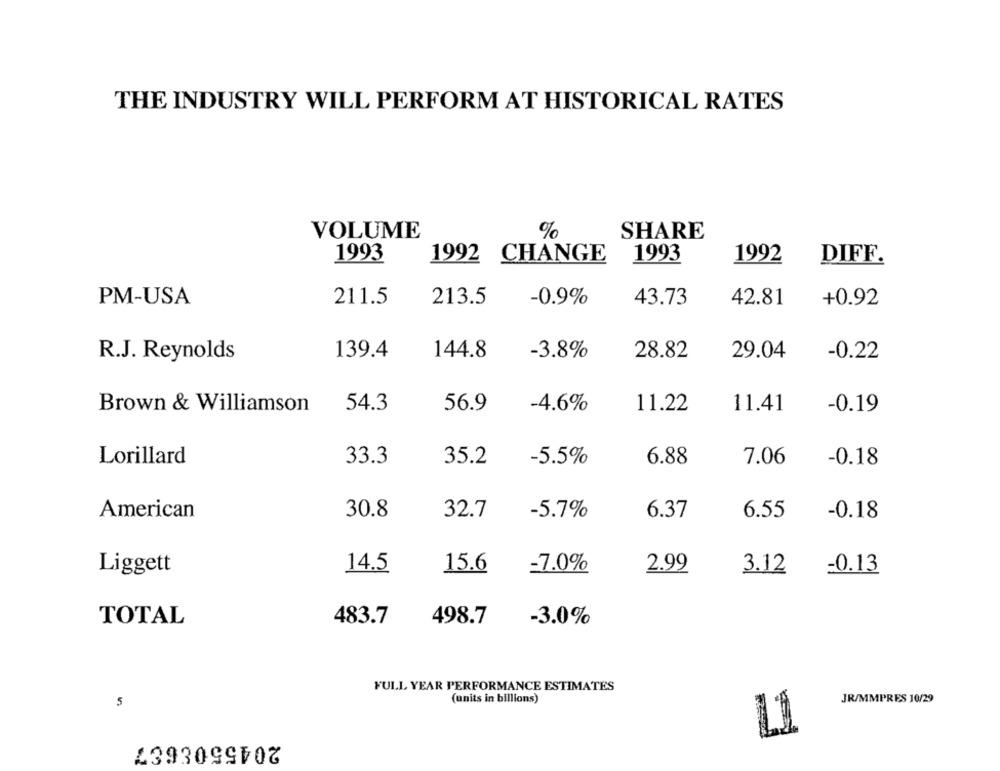
THE INDUSTRY WILL PERFORM AT HISTORICAL RATES
VOLUME
%
SHARE
1993
1992 CHANGE
1993
1992
DIFF.
PM-USA
211.5
213.5
-0.9%
43.73
42.81
+0.92
139.4
144.8
-3.8%
28.82
29.04
R.J. Reynolds
-0.22
Brown & Williamson
54.3
56.9
-4.6%
11.22
11.41
-0.19
Lorillard
33.3
35.2
-5.5%
6.88
7.06
-0.18
American
30.8
32.7
-5.7%
6.37
6.55
-0.18
Liggett
14.5
15.6
-7.0%
2.99
3.12
=0.13
TOTAL
483.7
498.7
-3.0%
FULL YEAR PERFORMANCE ESTIMATES
(units in billions)
JR/MMPRES 10/29
5
2045508687